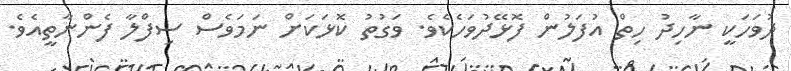
ދުވަހަކީ ނާހިދު ހިތް އުފަލުން ފޮޅޭދުވަހެކެވެ. ވަގުތު ކޮޅަކަށް ނަމަވެސް ސިފްލާ ފެންނާތީއެވެ.